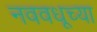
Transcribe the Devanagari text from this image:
नववधूच्या